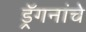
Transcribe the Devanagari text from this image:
ड्रॅगनांचे